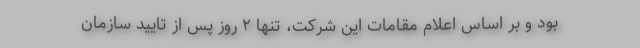
بود و بر اساس اعلام مقامات این شرکت، تنها ۲ روز پس از تایید سازمان